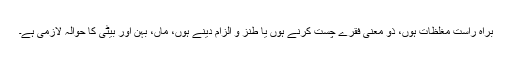
براہِ راست مغلظات ہوں، ذو معنی فقرے چست کرنے ہوں یا طنز و الزام دینے ہوں، ماں، بہن اور بیٹی کا حوالہ لازمی ہے۔